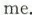
me.